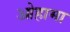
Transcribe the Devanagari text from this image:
ओहामा